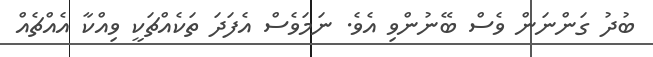
ބުދު ގަންނަން ވެސް ބޭނުންވި އެވެ. ނަމަވެސް އެފަދަ ތަކެއްޗަކީ ވިއްކާ އެއްޗެއް